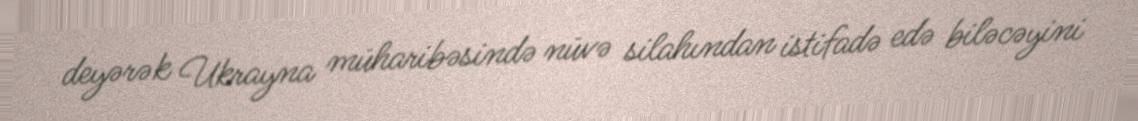
deyərək Ukrayna müharibəsində nüvə silahından istifadə edə biləcəyini